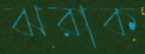
ঝরাক